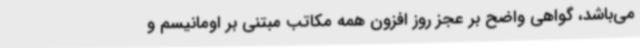
می‌باشد، گواهی واضح بر عجز روز افزون همه مکاتب مبتنی بر اومانیسم و